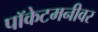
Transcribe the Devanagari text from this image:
पॉकेटमनीवर